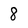
Character: 8